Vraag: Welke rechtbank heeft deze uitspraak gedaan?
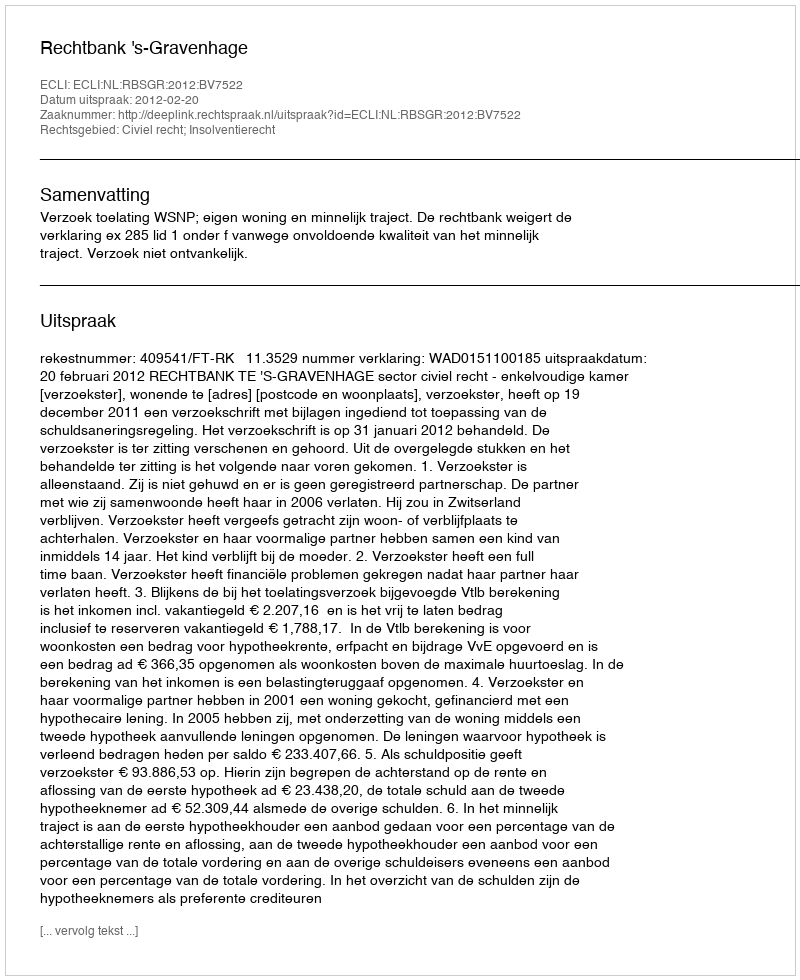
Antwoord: Rechtbank 's-Gravenhage